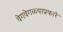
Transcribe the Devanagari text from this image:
वेगवेगळ्याप्रकारे